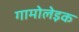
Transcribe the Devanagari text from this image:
गामोलेइक